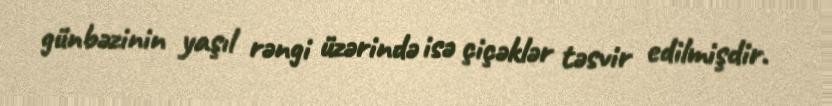
günbəzinin yaşıl rəngi üzərində isə çiçəklər təsvir edilmişdir.